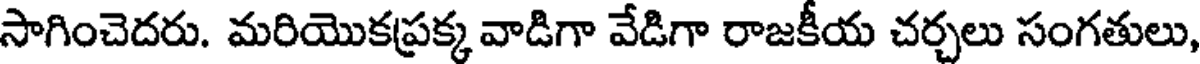
సాగించెదరు. మరియొకప్రక్క వాడిగా వేడిగా రాజకీయ చర్చలు సంగతులు,